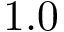
1 . 0